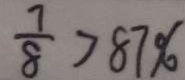
\frac { 7 } { 8 } > 8 7 \%